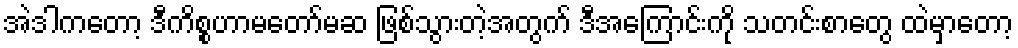
အဲဒါကတော့ ဒီကိစ္စဟာမတော်မဆ ဖြစ်သွားတဲ့အတွက် ဒီအကြောင်းကို သတင်းစာတွေ ထဲမှာတော့